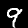
Digit: 9